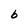
Character: b